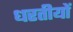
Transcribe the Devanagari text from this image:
धरतीयों